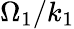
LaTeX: \Omega_{1}/k_{1}